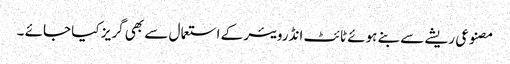
مصنوعی ریشے سے بنے ہوئے ٹائٹ انڈرویئر کے استعما ل سے بھی گریز کیا جائے ۔